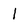
Character: l